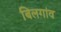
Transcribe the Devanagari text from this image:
बिलगांव